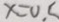
x = 0 . 5